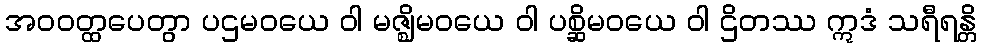
အဝဝတ္ထပေတွာ ပဌမဝယေ ဝါ မဇ္ဈိမဝယေ ဝါ ပစ္ဆိမဝယေ ဝါ ဌိတဿ ဣဒံ သရီရန္တိ